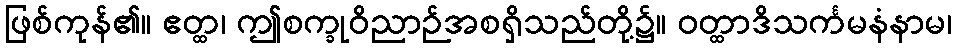
ဖြစ်ကုန်၏။ ဧတ္ထ၊ ဤစက္ခုဝိညာဉ်အစရှိသည်တို့၌။ ဝတ္ထာဒိသင်္ကမနံနာမ၊